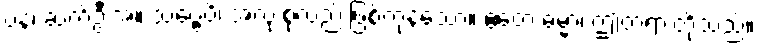
ပန၊ ဆက်ဦးအံ့။ သဗ္ဗေပိ၊ အလုံးစုံလည်းဖြစ်ကုန်သော။ ဧတေ ဓမ္မာ၊ ဤတရားတို့သည်။